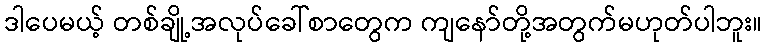
ဒါပေမယ့် တစ်ချို့အလုပ်ခေါ်စာတွေက ကျနော်တို့အတွက်မဟုတ်ပါဘူး။